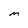
Character: M